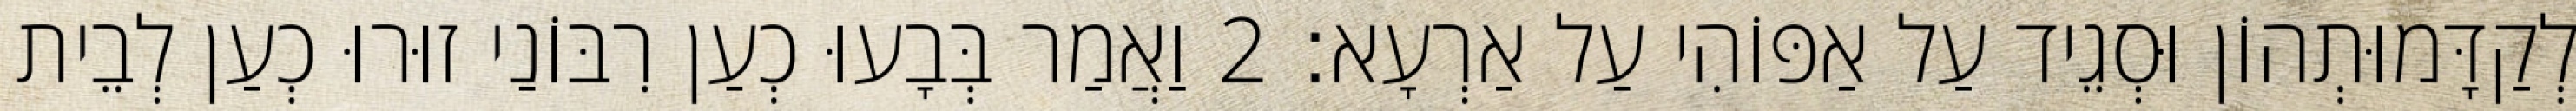
לְקַדָּמוּתְהוֹן וּסְגֵיד עַל אַפּוֹהִי עַל אַרְעָא׃ 2 וַאֲמַר בְּבָעוּ כְעַן רִבּוֹנַי זוּרוּ כְעַן לְבֵית